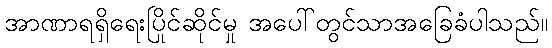
အာဏာရရှိရေးပြိုင်ဆိုင်မှု အပေါ်တွင်သာအခြေခံပါသည်။